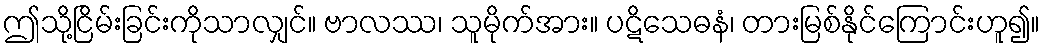
ဤသို့ငြိမ်းခြင်းကိုသာလျှင်။ ဗာလဿ၊ သူမိုက်အား။ ပဋိသေဓနံ၊ တားမြစ်နိုင်ကြောင်းဟူ၍။